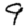
Digit: 9